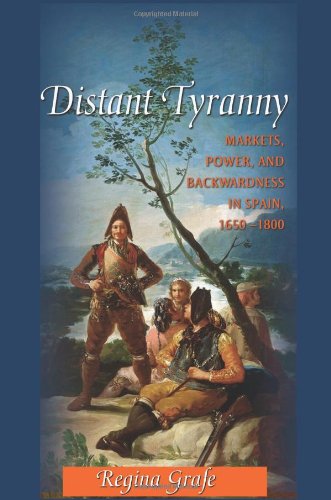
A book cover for Distant Tyranny: Markets, Power, and Backwardness in Spain, 1650-1800 (The Princeton Economic History of the Western World); Regina Grafe; Business & Money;